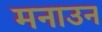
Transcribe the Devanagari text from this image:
मनाउन